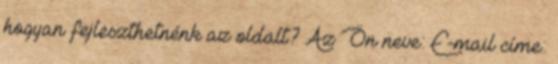
hogyan fejleszthetnénk az oldalt? Az Ön neve: E-mail címe: